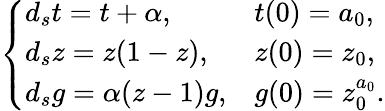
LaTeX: \left\{ \begin{array}{ll}{d_{s}t=t+\alpha,}&{t(0)=a_{0},}\\ {d_{s}z=z(1-z),}&{z(0)=z_{0},}\\ {d_{s}g=\alpha(z-1)g,}&{g(0)=z_{0}^{a_{0}}.}\end{array}\right.